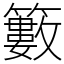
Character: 籔